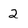
Character: 2